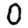
Digit: 0